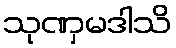
သုဏှမဒါသိ